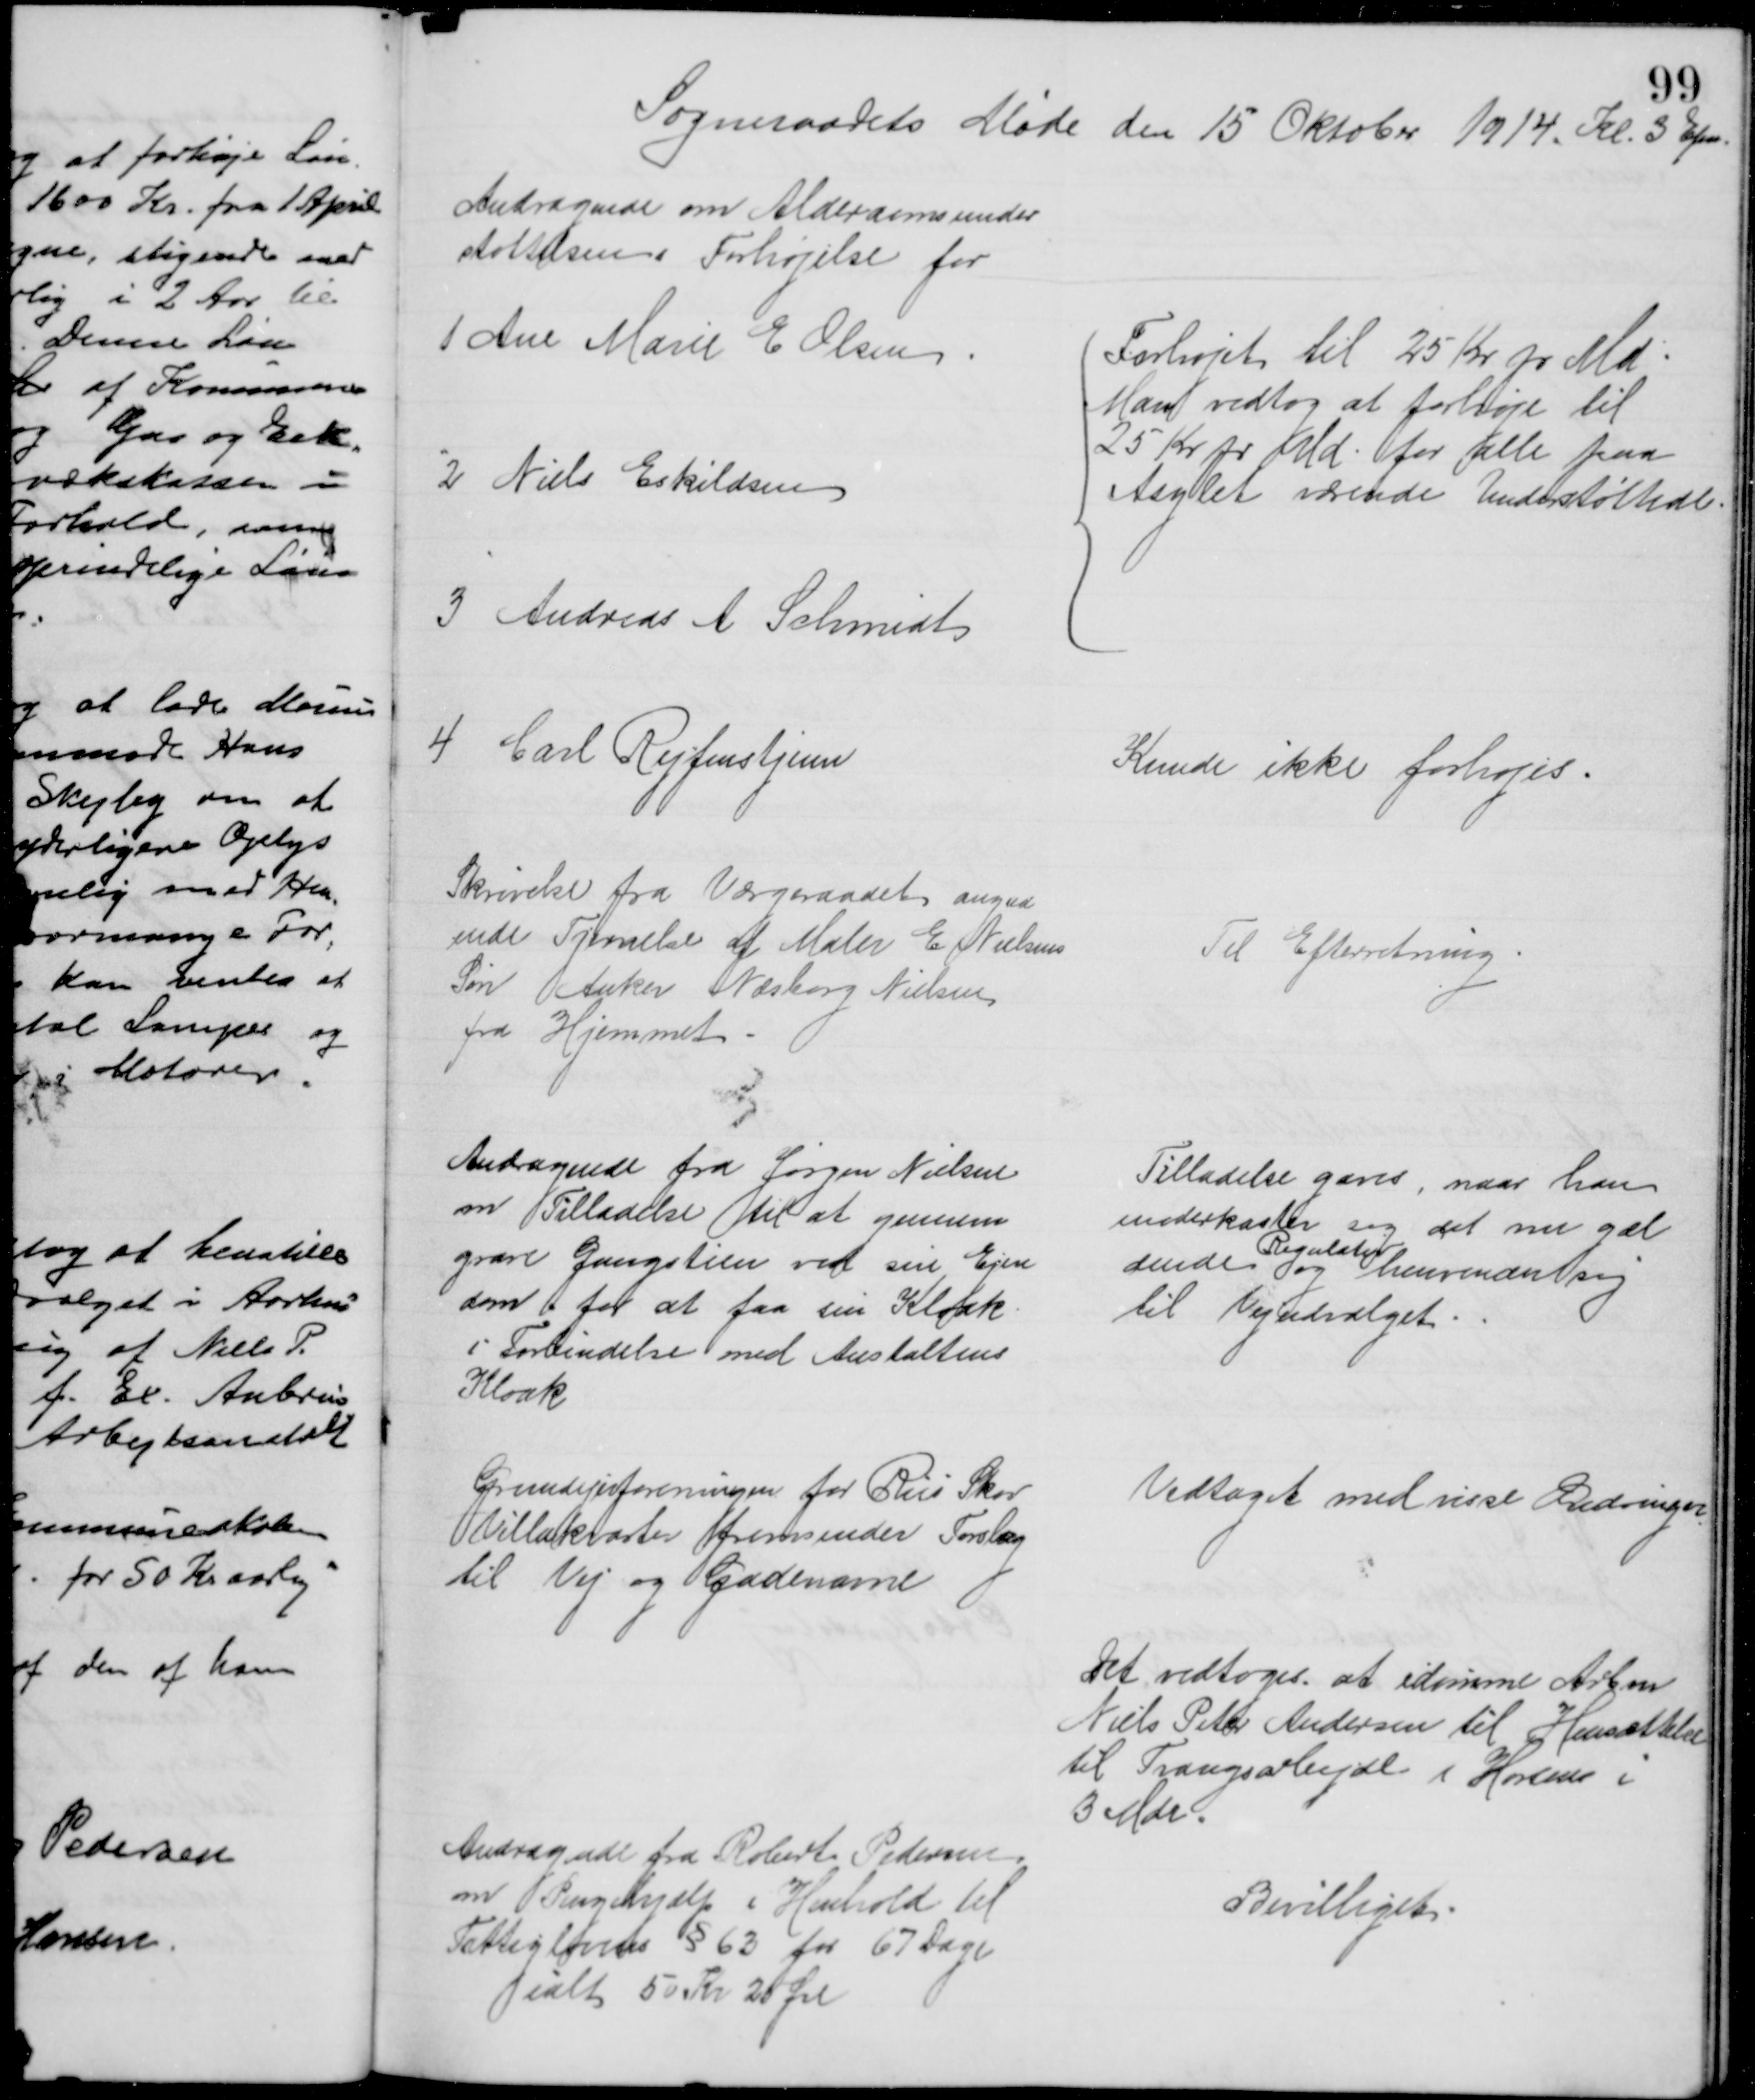
Transskription:
Sogneraadets Møde den 15 Oktober 1914. Kl. 3 Efm
Andragende om Alderdomsunder
støttelsens Forhøjelse for
1 Ane Marie E. Olsen
2 Niels Eskildsen
3 Andreas A. Schmidt
Forhøjet til 25 Kr pr Md
Man vedtog at forhøje til 
25 Kr pr Md. for alle paa
Asylet værende Understøttede
4 Carl Rejfenstjein
Kunde ikke forhøjes.
Skrivelse fra Værgeraadet angaa
ende Fjernelse af Maler E. Nielsens
Søn Anker Næsborg Nielsen
fra Hjemmet.
Til Efterretning
Andragende fra Jørgen Nielsen
om Tilladelse til at gennem
grave Gangstien ved sin Ejen
dom for at faa sin Kloak
i Forbindelse med Anstaltens
Kloak
Tilladelse gaves, naar han
underkaster sig det nu gæl
dende 
Regulativ
og henvender sig
til Vejudvalget
Grundejerforeningen for Riis Skov
Villakvarter fremsender Forslag
til Vej og Gadenavne
Vedtaget med visse Ændringer
Det vedtoges at idømme Arbm
Niels Peter Andersen til Hensættelse
til Tvangsarbejde i Horsens i
3 Mdr.
Andragende fra Robert Pedersen
om Pengehjælp i Henhold til
Fattiglovens § 63 for 67 Dage
ialt 50 Kr 20 Øre
Bevilliget.